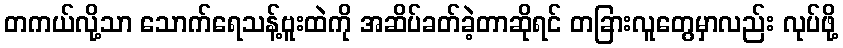
တကယ်လို့သာ သောက်ရေသန့်ဗူးထဲကို အဆိပ်ခတ်ခဲ့တာဆိုရင် တခြားလူတွေမှာလည်း လုပ်ဖို့